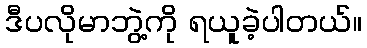
ဒီပလိုမာဘွဲ့ကို ရယူခဲ့ပါတယ်။